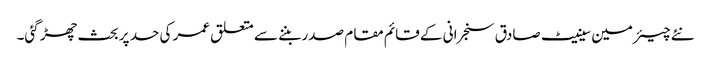
نئے چیئرمین سینیٹ صادق سنجرانی کے قائم مقام صدر بننے سے متعلق عمر کی حد پر بحث چھڑ گئی۔